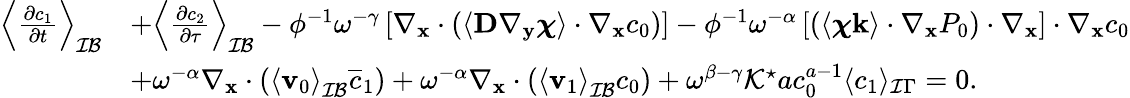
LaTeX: \begin{array}{rl}{\left\langle\frac{\partial c_{1}}{\partial t}\right\rangle_{\mathcal{IB}}}&{+\left\langle\frac{\partial c_{2}}{\partial\tau}\right\rangle_{\mathcal{IB}}-\phi^{-1}\omega^{-\gamma}\left[\nabla_{\mathbf{x}}\cdot\left(\left\langle\textbf{D}\nabla_{\mathbf y}\boldsymbol\chi\right\rangle\cdot\nabla_{\mathbf x}c_{0}\right)\right]-\phi^{-1}\omega^{-\alpha}\left[\left(\left\langle\boldsymbol\chi\mathbf k\right\rangle\cdot\nabla_{\mathbf x}P_{0}\right)\cdot\nabla_{\mathbf x}\right]\cdot\nabla_{\mathbf x}c_{0}}\\ &{+\omega^{-\alpha}\nabla_{\mathbf x}\cdot\left(\left\langle\mathbf v_{0}\right\rangle_{\mathcal{IB}}\overline{{c}}_{1}\right)+\omega^{-\alpha}\nabla_{\mathbf x}\cdot\left(\left\langle\mathbf v_{1}\right\rangle_{\mathcal{IB}}c_{0}\right)+\omega^{\beta-\gamma}\mathcal{K^{\star}}ac_{0}^{a-1}\langle c_{1}\rangle_{\mathcal I\Gamma}=0.}\end{array}